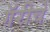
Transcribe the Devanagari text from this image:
गॅरीचे